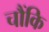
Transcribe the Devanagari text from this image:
चौंकि